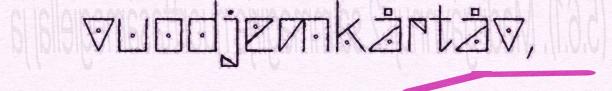
vuodjemkårtåv,